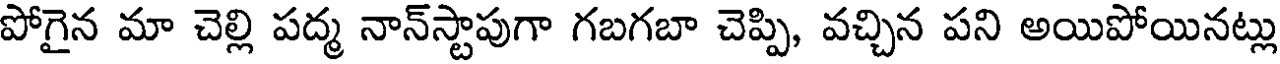
పోగైన మా చెల్లి పద్మ నాన్స్టాపుగా గబగబా చెప్పి, వచ్చిన పని అయిపోయినట్లు